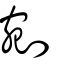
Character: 剜